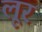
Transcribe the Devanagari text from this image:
लूर